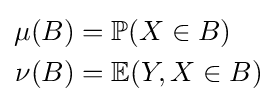
{\begin{aligned}\mu (B)&=\mathbb {P} (X\in B)\\\nu (B)&=\mathbb {E} (Y,X\in B)\end{aligned}}